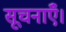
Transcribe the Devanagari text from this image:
सूचनाएँ।